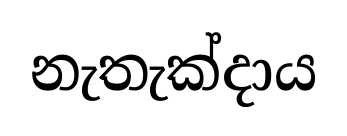
නැතැක්දාය